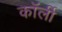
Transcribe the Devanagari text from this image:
कॉर्ली